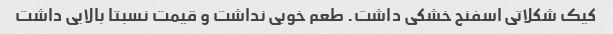
کیک شکلاتی اسفنج خشکی داشت. طعم خوبی نداشت و قیمت نسبتا بالایی داشت